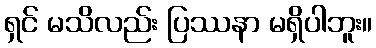
ရှင် မသိလည်း ပြဿနာ မရှိပါဘူး။